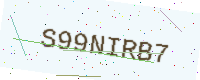
Text: S99NIRB7